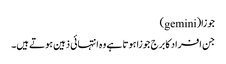
جوزا(gemini)
جن افراد کا برج جوزا ہوتا ہے وہ انتہائی ذہین ہوتے ہیں۔